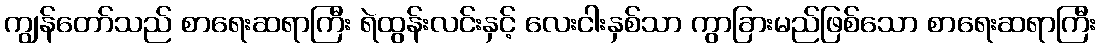
ကျွန်တော်သည် စာရေးဆရာကြီး ရဲထွန်းလင်းနှင့် လေးငါးနှစ်သာ ကွာခြားမည်ဖြစ်သော စာရေးဆရာကြီး